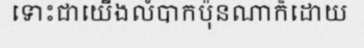
ទោះជាយើងលំបាកប៉ុនណាក៏ដោយ